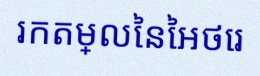
រកតម្លៃនៃអថេរ